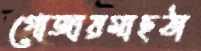
গোজায়মাছঠা